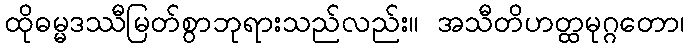
ထိုဓမ္မဒဿီမြတ်စွာဘုရားသည်လည်း။ အသီတိဟတ္ထမုဂ္ဂတော၊